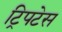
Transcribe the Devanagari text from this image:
ट्रिपटेस